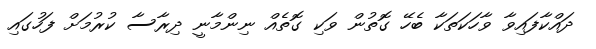
ދައްކާފައިވާ ވާހަކަތަކާ ބެހޭ ގޮތުން ވަކި ގޮތެއް ނިންމާނީ ދިރާސާ ކުރުމަށް ފަހުގައި